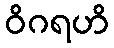
ဝိဂရဟိ